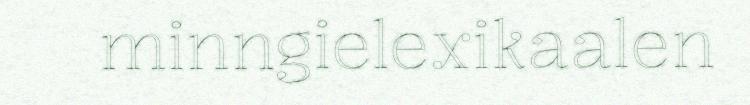
minngielexikaalen